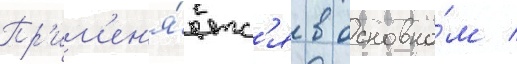
Пр'им'ен'я́етс'я в основно́м /